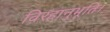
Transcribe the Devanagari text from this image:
विरहानुभूति।